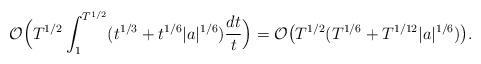
LaTeX: \begin{align*}\mathcal{O}\Big(T^{1/2}\int_{1}^{T^{1/2}}(t^{1/3}+t^{1/6} |a|^{1/6})\frac{dt}{t}\Big)=\mathcal{O}\big(T^{1/2} (T^{1/6}+ T^{1/12}|a|^{1/6})\big).\end{align*}